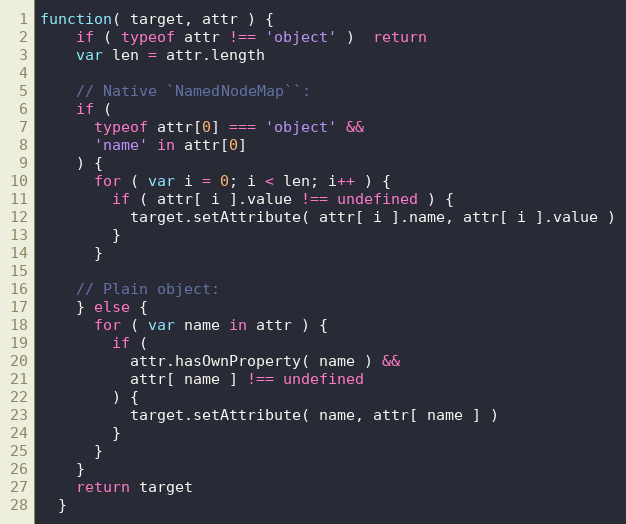
Language: JavaScript
function( target, attr ) {
    if ( typeof attr !== 'object' )  return
    var len = attr.length

    // Native `NamedNodeMap``:
    if (
      typeof attr[0] === 'object' &&
      'name' in attr[0]
    ) {
      for ( var i = 0; i < len; i++ ) {
        if ( attr[ i ].value !== undefined ) {
          target.setAttribute( attr[ i ].name, attr[ i ].value )
        }
      }

    // Plain object:
    } else {
      for ( var name in attr ) {
        if (
          attr.hasOwnProperty( name ) &&
          attr[ name ] !== undefined
        ) {
          target.setAttribute( name, attr[ name ] )
        }
      }
    }
    return target
  }